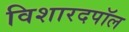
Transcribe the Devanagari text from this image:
विशारदपॉल